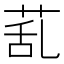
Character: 𦯠